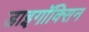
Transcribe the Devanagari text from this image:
डाइगॉक्सिन